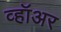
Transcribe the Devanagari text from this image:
व्हॉअर